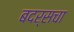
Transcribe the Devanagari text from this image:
बदर्सचा